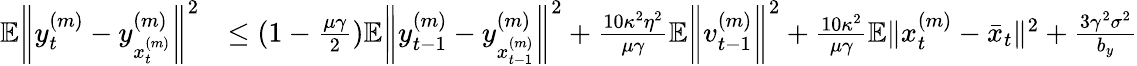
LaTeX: \begin{array}{rl}{\mathbb{E}\bigg\| y_{t}^{(m)}-y_{x_{t}^{(m)}}^{(m)}\bigg\| ^{2}}&{\leq(1-\frac{\mu\gamma}{2})\mathbb{E}\bigg\| y_{t-1}^{(m)}-y_{x_{t-1}^{(m)}}^{(m)}\bigg\| ^{2}+\frac{10\kappa^{2}\eta^{2}}{\mu\gamma}\mathbb{E}\bigg\| v_{t-1}^{(m)}\bigg\| ^{2}+\frac{10\kappa^{2}}{\mu\gamma}\mathbb{E}\| x_{t}^{(m)}-\bar{x}_{t}\| ^{2}+\frac{3\gamma^{2}\sigma^{2}}{b_{y}}}\end{array}